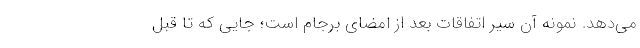
می‌دهد. نمونه آن سیر اتفاقات بعد از امضای برجام است؛ جایی که تا قبل